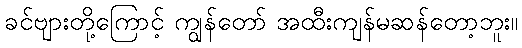
ခင်ဗျားတို့ကြောင့် ကျွန်တော် အထီးကျန်မဆန်တော့ဘူး။